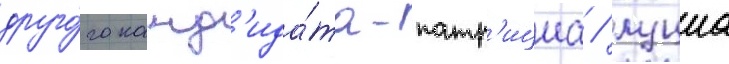
друго́го канд'ида́та-патр'ициа / луциа